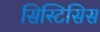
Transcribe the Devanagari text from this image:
सिस्टिसिस